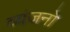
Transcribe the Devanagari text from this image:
व्‍यंजनो